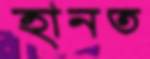
হানত